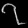
Digit: ၇